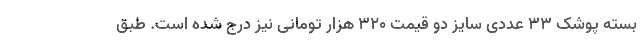
بسته پوشک ۳۳ عددی سایز دو قیمت ۳۲۰ هزار تومانی نیز درج شده است. طبق